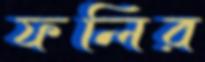
ফলির